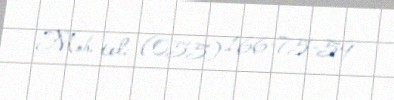
Mob. tel: (055) 166-75-59